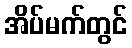
အိပ်မက်တွင်